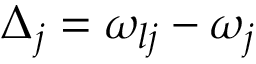
\Delta _ { j } = \omega _ { l j } - \omega _ { j }